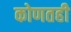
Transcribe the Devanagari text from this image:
कोणतही